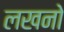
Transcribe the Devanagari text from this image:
लखनो